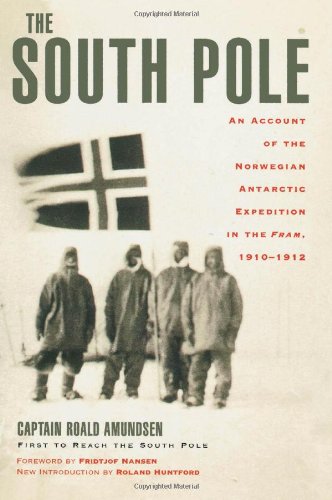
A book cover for The South Pole: An Account of the Norwegian Antarctic Expedition in the Fram, 1910-1912; Captain Roald Amundsen; History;